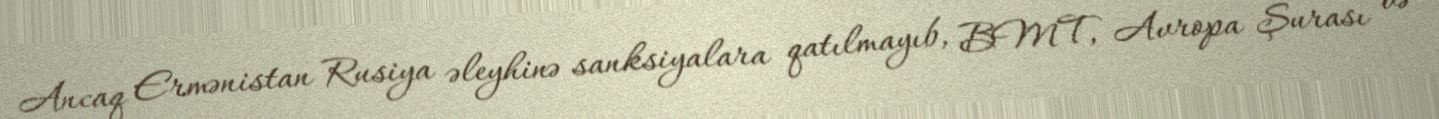
Ancaq Ermənistan Rusiya əleyhinə sanksiyalara qatılmayıb, BMT, Avropa Şurası və